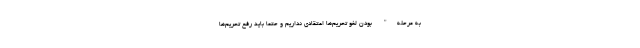
به مرحله" بودن لغو تحریم‌ها اعتقادی نداریم و حتماً باید رفع تحریم‌ها